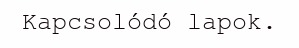
Kapcsolódó lapok.